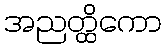
အညတ္ထိကော